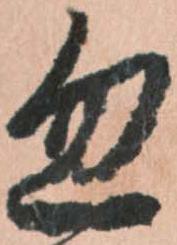
忽